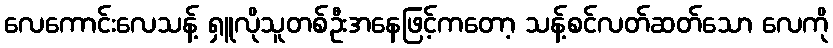
လေကောင်းလေသန့် ရှူလိုသူတစ်ဦးအနေဖြင့်ကတော့ သန့်စင်လတ်ဆတ်သော လေကို